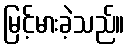
မြင့်မားခဲ့သည်။